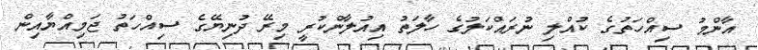
އާންމު ސިއްހަތުގެ ކުއްލި ނުރައްކަލުގެ ހާލަތު އިއުލާންކުރީ މިރޭ ދުނިޔޭގެ ސިއްހަތު ޖަމިއްޔާއިން